Eesti_Rahvusfond, lk 118
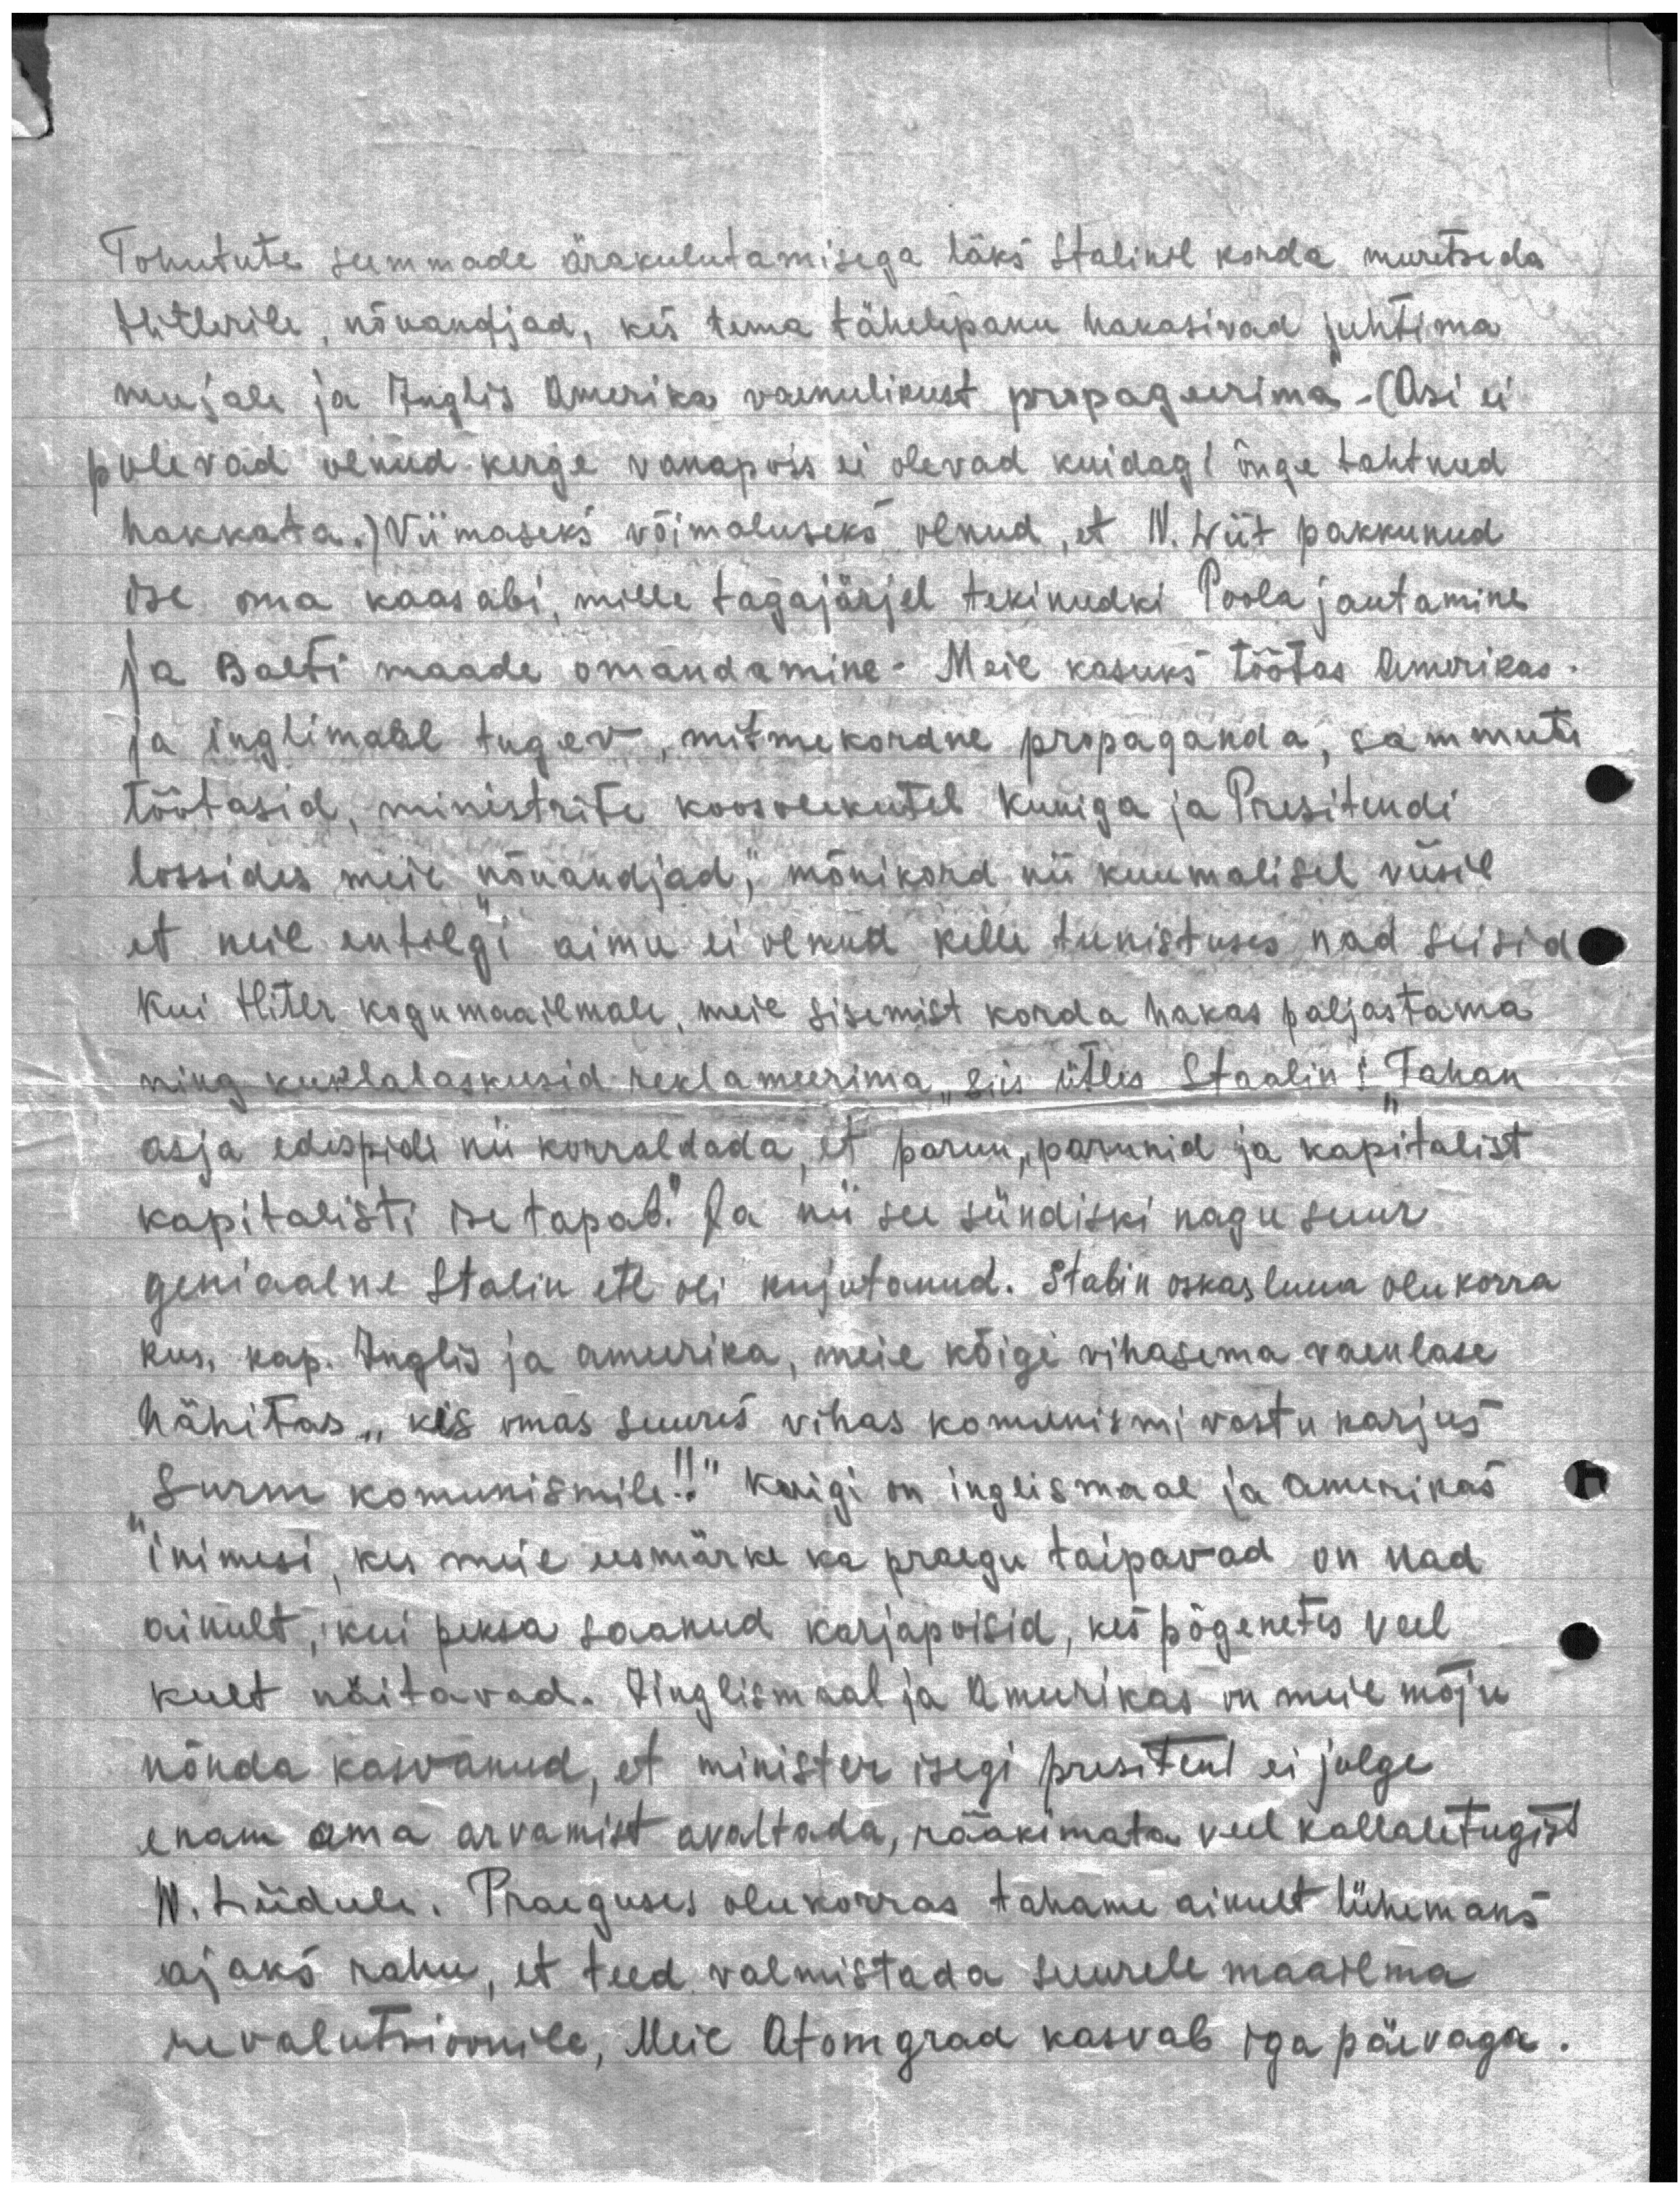
Tohutute summade ärakulutamisega läks Stalinil korda muretseda
Hitlerile, nõuandjad, kes tema tähelepanu hakasivad juhtima
mujale ja Inglis Amerika vaenulikust propageerima - (Asi ei
polevad olnud kerge vanapois ei olevad kuidagi õnge tahtnud
hakkata.) Viimaseks võimaluseks olnud, et N. Liit pakkunud
ise oma kaasabi, mille tagajärjel tekinudki Poola jautamine
ja Balti maade omandamine. Meie kasuks töötas Amerikas
Ja inglimaal tugev, mitmekordne propaganda, sammuti
töötasid, ministrite koosolekutel kuniga ja Presitendi
lossides meie "nõuandjad," mõnikord nii kuumalisel viisil
et neil entilgi aimu ei olnud kelle teenistuses nad seisid
Kui Hiter kogumaailmale, meie sisemist korda hakas paljastama
ning kuklalaskusid reklameerima, siis ütles Staalin: "Tahan
asja edespidi nii korraldada, et parun, parunid ja kapitalist
kapitalisti ise tapab". Ja nii see sündiski nagu suur
geniaalne Stalin ette oli kujutanud. Stalin oskas luua olukorra
kus, kap. Inglis ja ameerika, meie kõigi vihasema vaenlase
hävitas "kes omas suures vihas komunismi vastu karjus
"surm komunismile!!" Kuigi on inglismaal ja Amerikas
inimesi, kes meie eesmärke ka praegu taipavad on nad
ainult, kui peksa saanud karjapoisid, kes põgenetes veel
keelt näitavad. Inglismaal ja Ameerikas on meie mõju
nõnda kasvanud, et minister isegi presitent ei julge
enam oma arvamist avaltada, rääkimata veel kallaletugist
N. Liidule. Praeguses olukorras tahame ainult lühemaks
ajaks rahu, et teed valmistada suurele maailma
revolutsioonile, Meie Atomgrad kasvab iga päevaga.